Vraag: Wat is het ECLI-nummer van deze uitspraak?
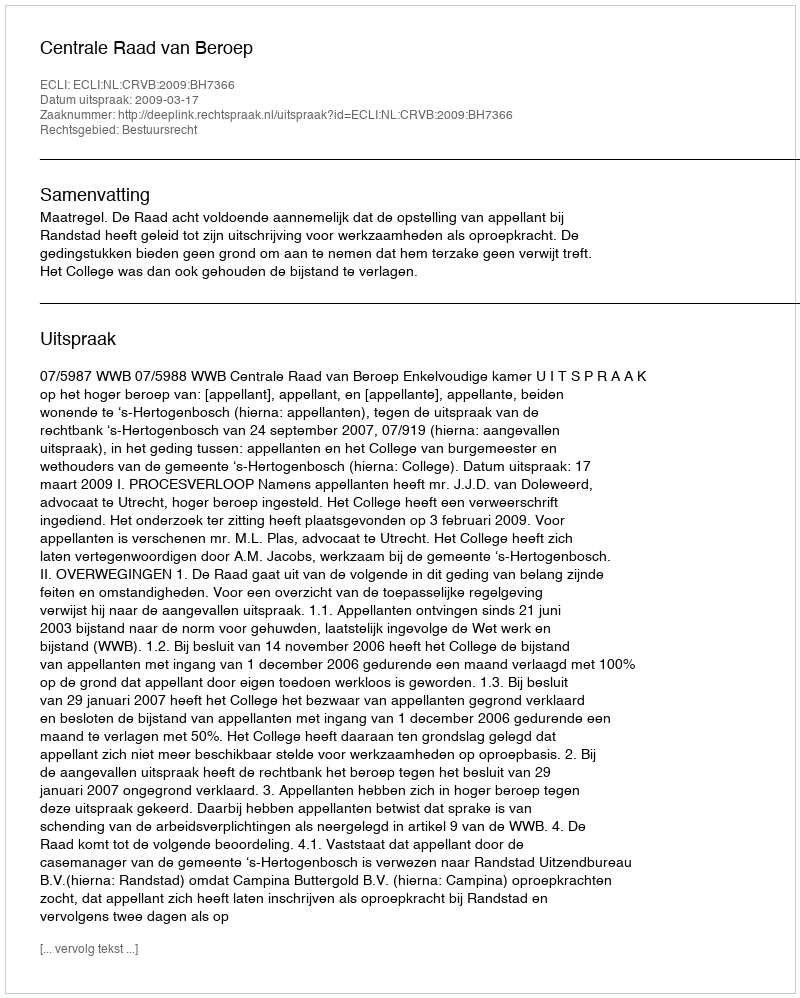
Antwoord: ECLI:NL:CRVB:2009:BH7366